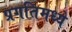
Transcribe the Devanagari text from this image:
प्रगतिमध्ये